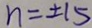
n = \pm 1 5